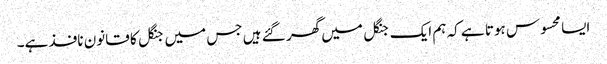
ایسا محسوس ہوتا ہے کہ ہم ایک جنگل میں گھر گئے ہیں جس میں جنگل کا قانون نافذ ہے۔